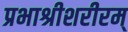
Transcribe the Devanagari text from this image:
प्रभाश्रीशरीरम्